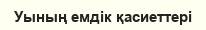
Уының емдік қасиеттері